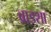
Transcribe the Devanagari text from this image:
ब्राडशा